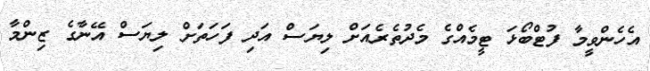
އެހެންވީމާ ފުޓްބޯޅަ ޓީމެއްގެ މެދުތެރެއަށް ލިޔަސް އަދި ފަހަތަށް ލިޔަސް އޭނާގެ ޒިންމާ